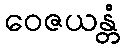
ဝေဇယန္တံ